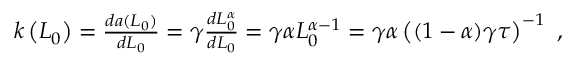
\begin{array} { r } { k \left( L _ { 0 } \right) = \frac { d a ( L _ { 0 } ) } { d L _ { 0 } } = \gamma \frac { d L _ { 0 } ^ { \alpha } } { d L _ { 0 } } = \gamma \alpha L _ { 0 } ^ { \alpha - 1 } = \gamma \alpha \left( ( 1 - \alpha ) \gamma \tau \right) ^ { - 1 } \ , } \end{array}